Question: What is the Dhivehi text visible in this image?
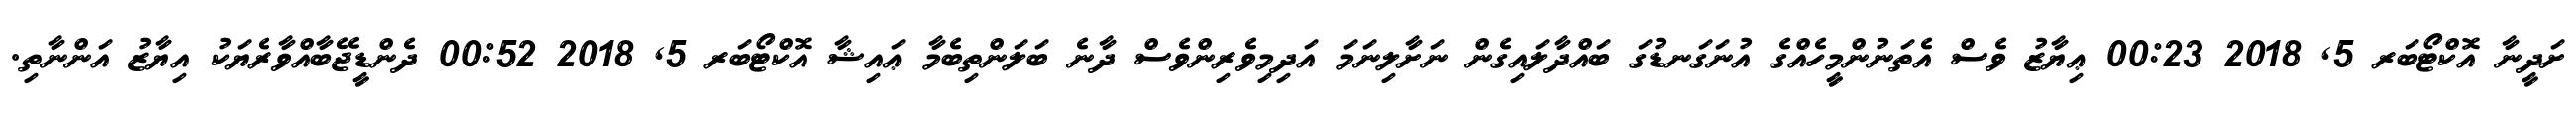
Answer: ށަދީނާ އޮކްޓޯބަރ 5, 2018 00:23 ޢިޔާޒު ވެސް އެތަނުންމީހެއްގެ އުނަގަނޑުގަ ބައްދާލައިގެން ނަށާލިނަމަ އަދިމިވެރިންވެސް ދާނެ ބަލަންތިބެމާ ޢައިޝާ އޮކްޓޯބަރ 5, 2018 00:52 ދެންޑީޖޭބާއްވާރެޔަކު އިޔާޒު އަންނާތި.